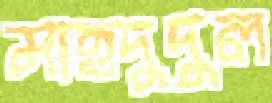
মাহদুদুল